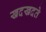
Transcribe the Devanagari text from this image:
खदखदते